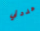
هددني